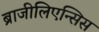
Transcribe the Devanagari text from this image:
ब्राजीलिएन्सिस